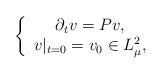
\begin{align*}\left\lbrace\begin{array}{c}\partial_tv=Pv,\\v|_{t=0}=v_0 \in L^2_{\mu},\end{array}\right.\end{align*}